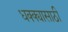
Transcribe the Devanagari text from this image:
धक्क्यासाठी